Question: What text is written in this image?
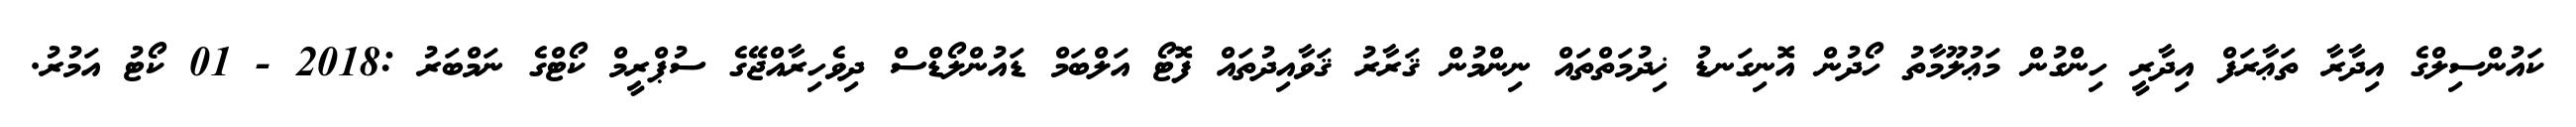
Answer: ކައުންސިލްގެ އިދާރާ ތަޢާރަފް އިދާރީ ހިންގުން މަޢުލޫމާތު ހޯދުން އޮނިގަނޑު ޚިދުމަތްތައް ނިންމުން ޤަރާރު ޤަވާއިދުތައް ފޮޓޯ އަލްބަމް ޑައުންލޯޑްސް ދިވެހިރާއްޖޭގެ ސުޕްރީމް ކޯޓްގެ ނަމްބަރު :2018 - 01 ކޯޓު އަމުރު.